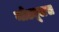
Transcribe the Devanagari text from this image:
मोड्यूलस